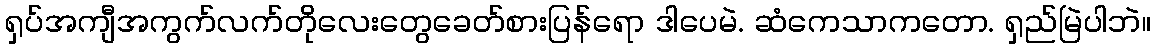
ရှပ်အကျီအကွက်လက်တိုလေးတွေခေတ်စားပြန်ရော ဒါပေမဲ. ဆံကေသာကတော. ရှည်မြဲပါဘဲ။